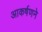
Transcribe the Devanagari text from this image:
आकर्षणने